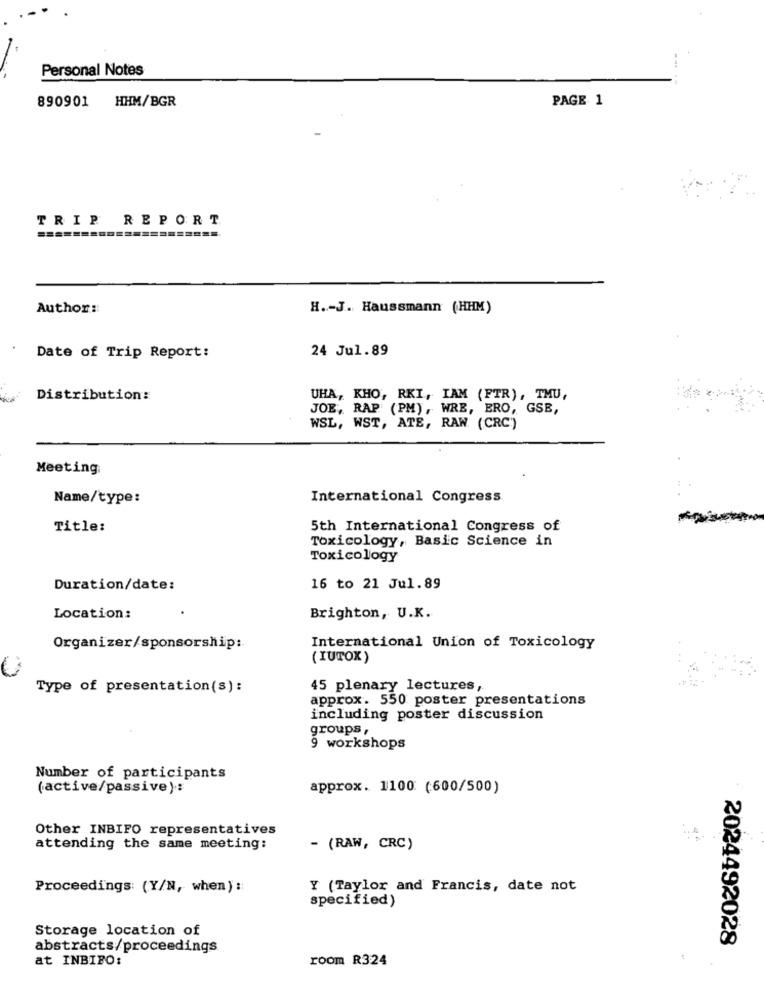
Personal Notes
890901 HHM/BGR
PAGE 1
TRIP REPORT
Author ::
H .- J. Haussmann (HHM)
24 Jul.89
Date of Trip Report:
Distribution:
UHA, KHO, RKI, IAM (FTR), TMU,
JOE, RAP (PM), WRE, ERO, GSE,
WSL, WST, ATE, RAW. (CRC:)
Meeting
Name/type:
International Congress
Title:
5th International Congress of
Toxicology, Basic Science in
Toxicology
Duration/date:
16 to 21 Jul.89
Location:
Brighton, U.K.
Organizer/sponsorship:
International Union of Toxicology
(IUTOX )
Type of presentation(s):
45 plenary lectures,
approx. 550 poster presentations
including poster discussion
groups,
9 workshops
Number of participants
(active/passive):
approx. 1100 (600/500)
Other INBIFO representatives
attending the same meeting:
- (RAW, CRC)
Proceedings: (Y/N, when) ::
Y (Taylor and Francis, date not
specified)
Storage location of
2024492028
abstracts/proceedings
at INBIFO:
room R324